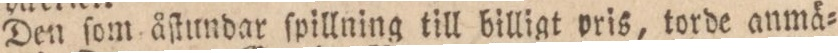
Den ſom åſtundar ſpillning till billigt pris, torde anmä=